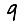
Digit: 9